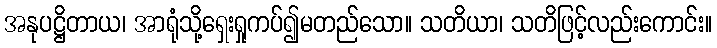
အနုပဋ္ဌိတာယ၊ အာရုံသို့ရှေးရှုကပ်၍မတည်သော။ သတိယာ၊ သတိဖြင့်လည်းကောင်း။